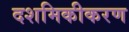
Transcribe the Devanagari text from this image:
दशमिकीकरण